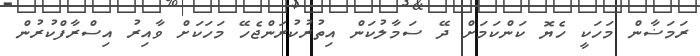
ރަމަޟާން މަހަކީ ހެޔޮ ކަންކަމަށް ދޭ ސަމާލުކަން އިތުރުކުރަންޖެހޭ މަހަކަށް ވާއިރު އިސްރާފްކުރުން